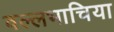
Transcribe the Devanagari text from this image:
वल्लभाचिया